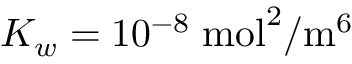
K _ { w } = 1 0 ^ { - 8 } \; \mathrm { m o l } ^ { 2 } / \mathrm { m } ^ { 6 }